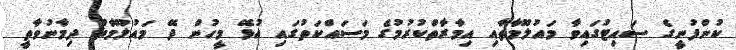
ކުންފުނީގެ ސައިޓުގައިވާ މައުލޫމާތާއި އިމާރާތްކުރުމުގެ މަސައްކަތުގައި އުޅޭ މީހުން ދޭ މައުލޫމާތު ދިމާނުވާތީ